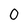
Character: O